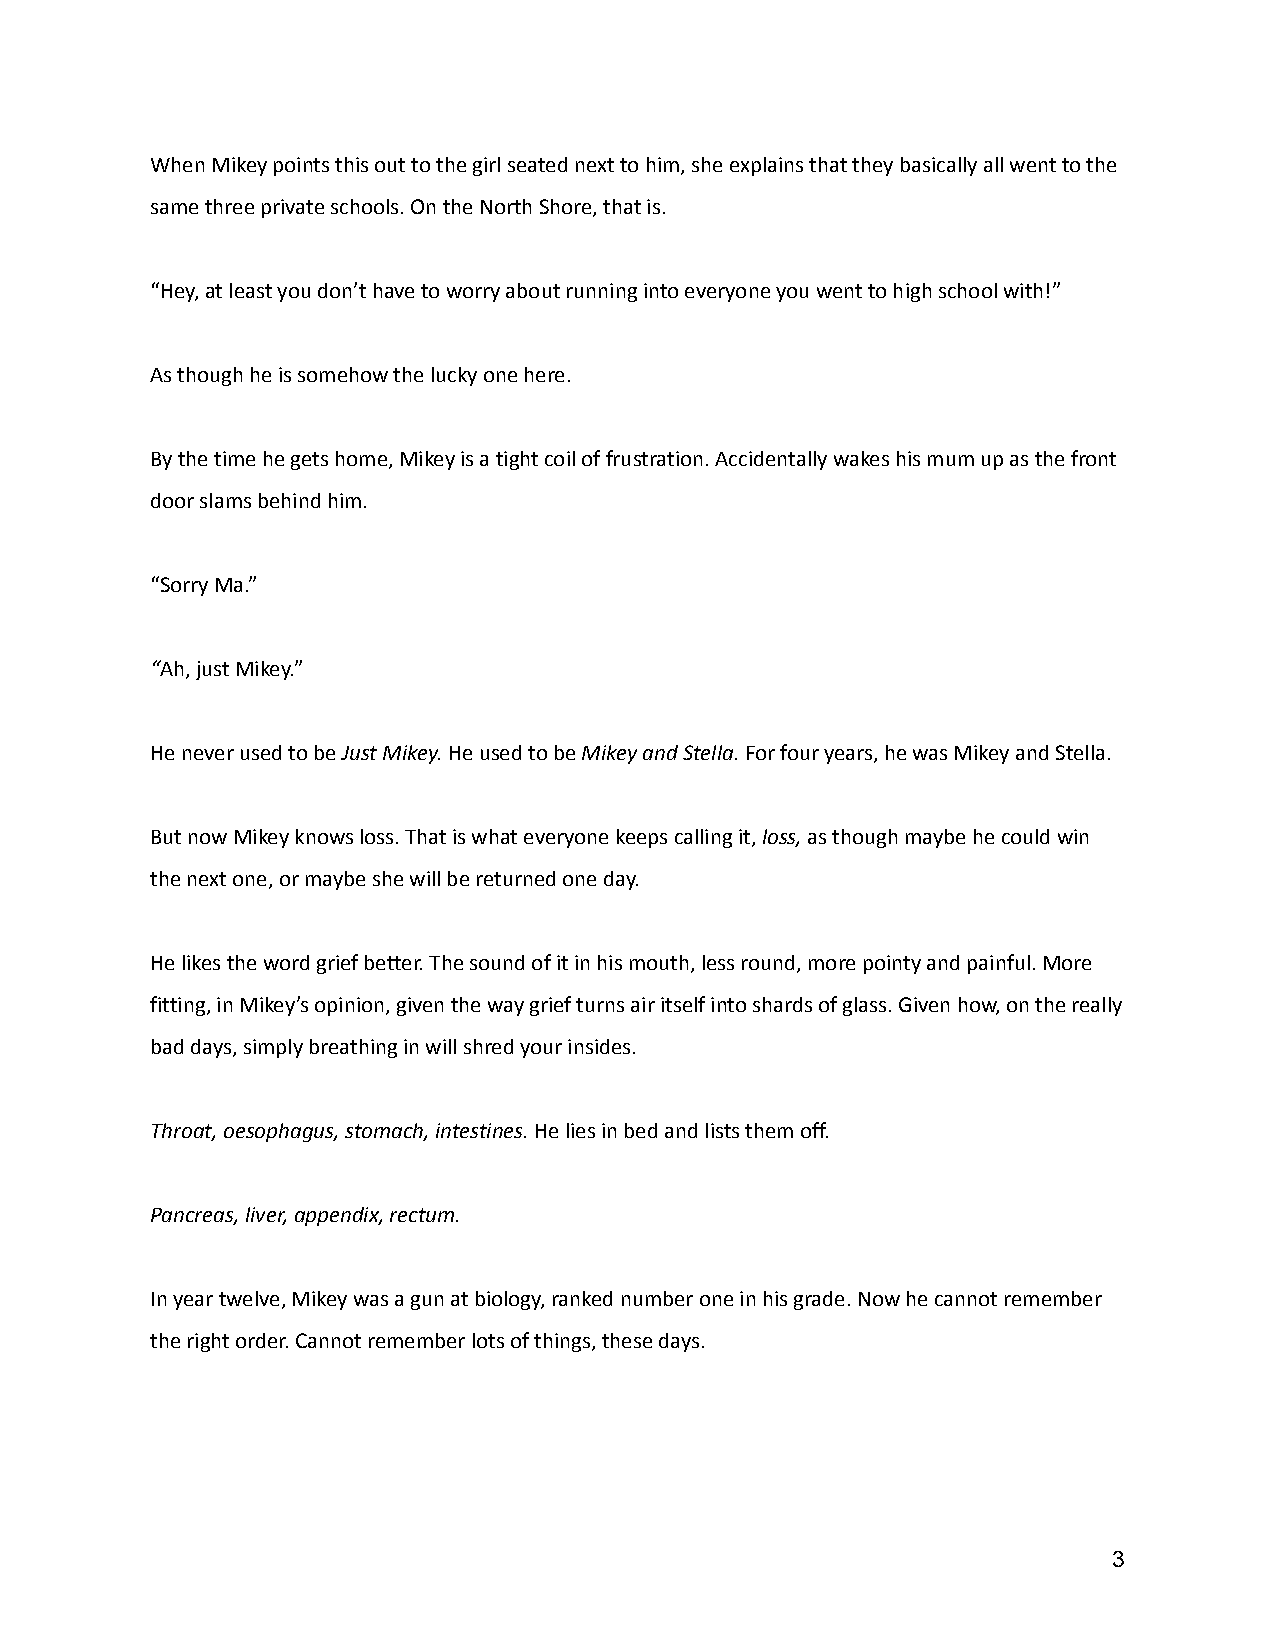
When Mikey points this out to the girl seated next to him, she explains that they basically all went to the
 same three private schools. On the North Shore, thatis.
 “Hey, at least you don’t have to worry about runninginto everyone you went to high school with!”
 As though he is somehow the lucky one here.
 By the time he gets home, Mikey is a tight coil offrustration. Accidentally wakes his mum up as thefront
 door slams behind him.
 “Sorry Ma.”
 “Ah, just Mikey.”
 He never used to beJust Mikey.He used to beMikeyand Stella.For four years, he was Mikey and Stella.
 But now Mikey knows loss. That is what everyone keepscalling it,loss,as though maybe he could win
 the next one, or maybe she will be returned one day.
 He likes the word grief better. The sound of it inhis mouth, less round, more pointy and painful. More
 fitting, in Mikey’s opinion, given the way grief turnsair itself into shards of glass. Given how, on thereally
 bad days, simply breathing in will shred your insides.
 Throat, oesophagus, stomach, intestines.He lies inbed and lists them off.
 Pancreas, liver, appendix, rectum.
 In year twelve, Mikey was a gun at biology, rankednumber one in his grade. Now he cannot remember
 the right order. Cannot remember lots of things, thesedays.
 3